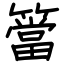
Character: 簹